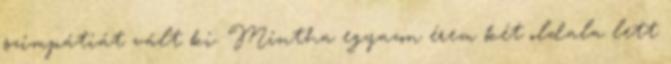
szimpátiát vált ki. Mintha egyazon érem két oldala lett